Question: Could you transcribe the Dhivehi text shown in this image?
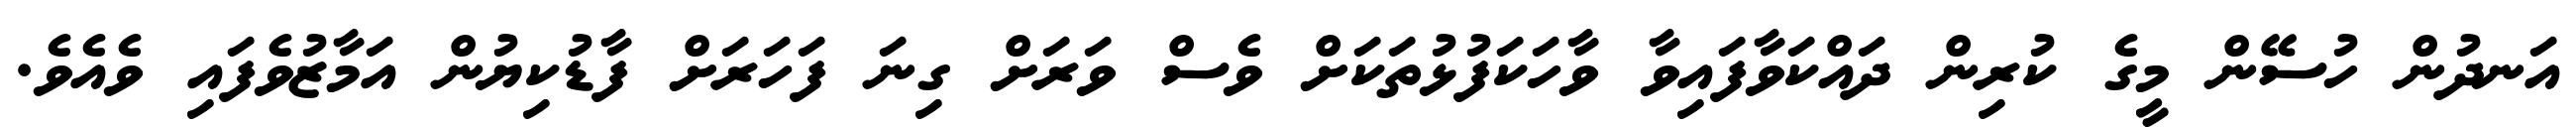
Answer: އަނދުން ހުސޭން މީގެ ކުރިން ދައްކަވާފައިވާ ވާހަކަފުޅުތަކަށް ވެސް ވަރަށް ގިނަ ފަހަރަށް ފާޑުކިޔުން އަމާޒުވެފައި ވެއެވެ.